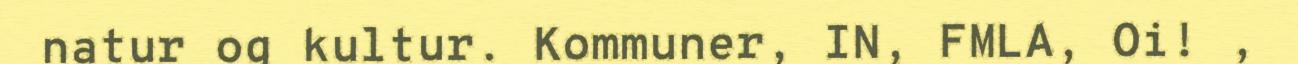
natur og kultur. Kommuner, IN, FMLA, Oi! ,